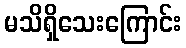
မသိရှိသေးကြောင်း